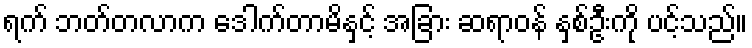
ရက် ဘတ်တလာက ဒေါက်တာမိနှင့် အခြား ဆရာဝန် နှစ်ဦးကို ပင့်သည်။